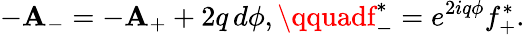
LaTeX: -\mathbf{A}_{-}=-\mathbf{A}_{+}+2q\, d\phi,\qquadf_{-}^{*}=e^{2iq\phi}f_{+}^{*}.